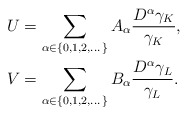
\begin{align*}U&=\sum_{\alpha\in\{0,1,2,\dots\}}A_{\alpha}\frac{D^{\alpha}\gamma_K}{\gamma_K},\\V&=\sum_{\alpha\in\{0,1,2,\dots\}}B_{\alpha}\frac{D^{\alpha}\gamma_L}{\gamma_L}.\end{align*}